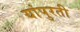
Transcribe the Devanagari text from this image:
यांपुरती